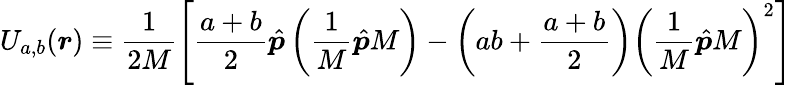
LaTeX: U_{a,b}(\boldsymbol{r})\equiv\frac{1}{2M}\left[\frac{a+b}{2}\hat{\boldsymbol{p}}\left(\frac{1}{M}\hat{\boldsymbol{p}}M\right)-\left(ab+\frac{a+b}{2}\right){\left(\frac{1}{M}\hat{\boldsymbol{p}}M\right)}^{2}\right]